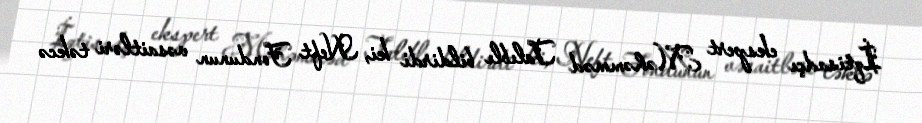
İqtisadçı ekspert Məhəmməd Talıblı bildirdi ki, Neft Fondunun vəsaitləri təkcə